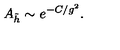
A _ { \tilde { h } } \sim e ^ { - C / g ^ { 2 } } .